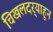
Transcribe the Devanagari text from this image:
चिखलदर्‍याहून